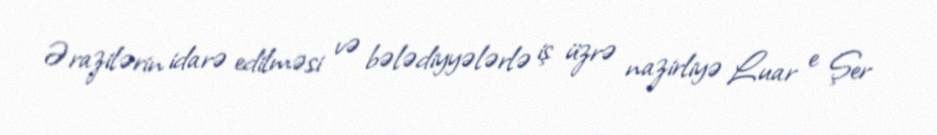
Ərazilərin idarə edilməsi və bələdiyyələrlə iş üzrə nazirliyə Luar e Şer